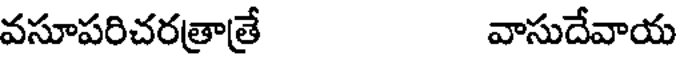
వసూపరిచరత్రాత్రే వాసుదేవాయ